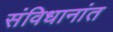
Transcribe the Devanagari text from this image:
संविधानांत